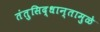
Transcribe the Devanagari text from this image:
तंतुसिद्धान्तामुळे